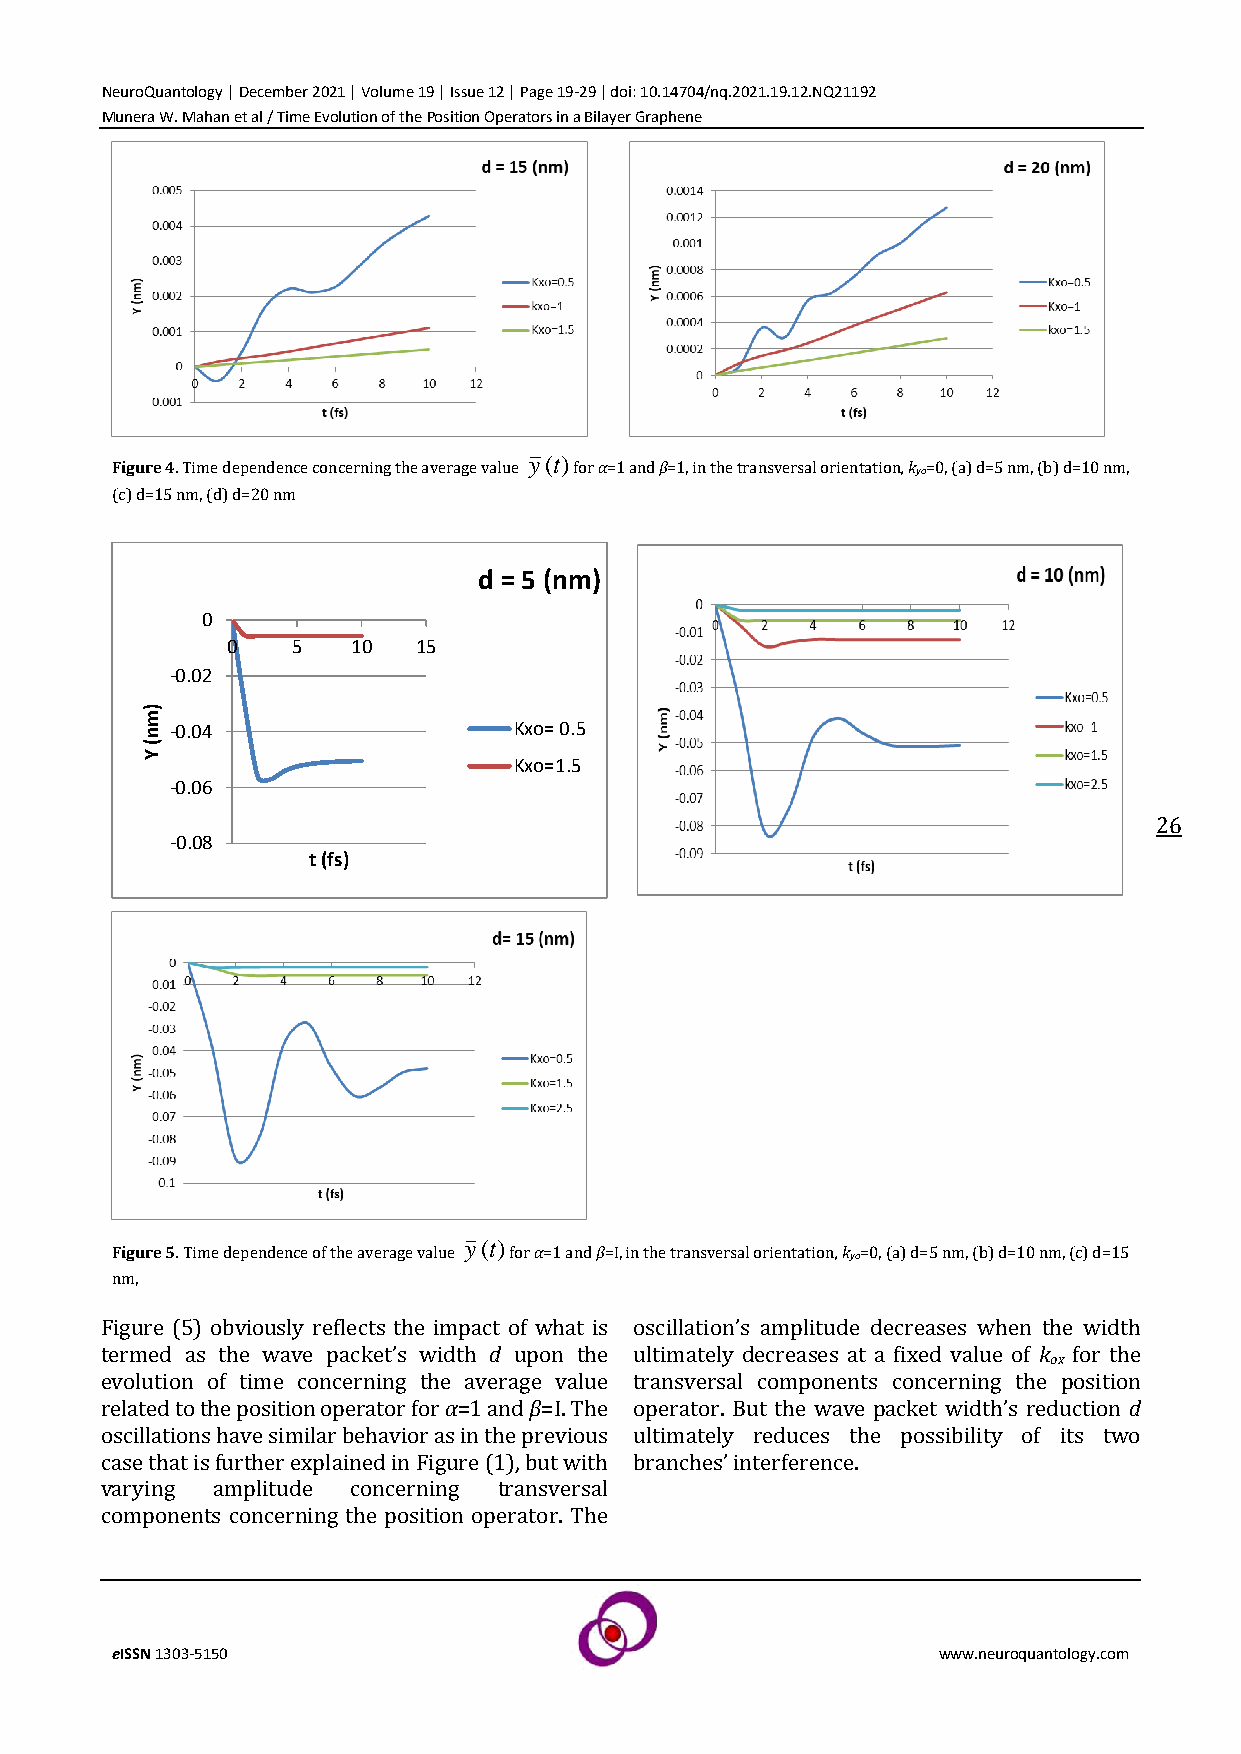
NeuroQuantology | December 2021 | Volume 19 | Issue 12 | Page 19-29 | doi: 10.14704/nq.2021.19.12.NQ21192
 Munera W. Mahan et al / Time Evolution of the Position Operators in a Bilayer Graphene
 y(t)
 Figure 4. Time dependence concerning the average value for α=1 and β=1, in the transversal orientation, kyo=0, (a) d=5 nm, (b) d=10 nm,
 (c) d=15 nm, (d) d=20 nm
 d = 5 (nm)
 0
 0   5   10   15
 -0.02
 )
 m
 n -0.04                  Kxo= 0.5
 (
 Y
 Kxo=1.5
 -0.06
 26
 -0.08
 t (fs)
 y(t)
 Figure 5. Time dependence of the average value for α=1 and β=I, in the transversal orientation, kyo=0, (a) d=5 nm, (b) d=10 nm, (c) d=15
 nm,
 Figure (5) obviously reflects the impact of what is oscillation’s amplitude decreases when the width
 termed as the wave packet’s width d upon the ultimately decreases at a fixed value of k for the
 ox
 evolution of time concerning the average value transversal components concerning the position
 related to the position operator for α=1 and β=I. The operator. But the wave packet width’s reduction d
 oscillations have similar behavior as in the previous ultimately reduces the possibility of its two
 case that is further explained in Figure (1), but with branches’ interference.
 varying amplitude concerning transversal
 components concerning the position operator. The
 eISSN 1303-5150                                        www.neuroquantology.com